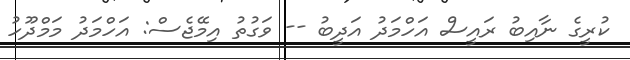
ކުރީގެ ނާއިބު ރައީސް އަހްމަދު އަދީބު -- ވަގުތު އިމޭޖެސް: އަހްމަދު މަމްދޫހު